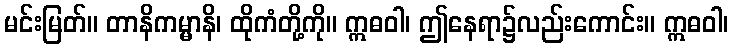
မင်းမြတ်။ တာနိကမ္မာနိ၊ ထိုကံတို့ကို။ ဣဓဝါ၊ ဤနေရာ၌လည်းကောင်း။ ဣဓဝါ၊